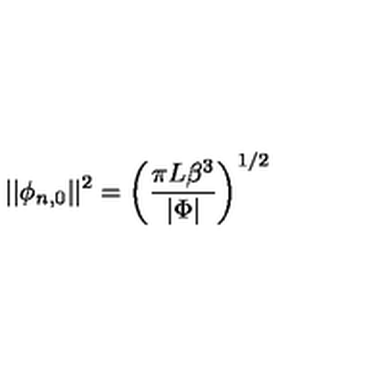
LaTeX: \vert \vert \phi _ { n , 0 } \vert \vert ^ { 2 } = \left( \frac { \pi L \beta ^ { 3 } } { \vert \Phi \vert } \right) ^ { 1 / 2 }